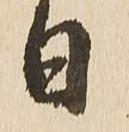
日